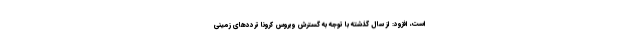
است، افزود: از سال گذشته با توجه به گسترش ویروس کرونا تردد‌های زمینی